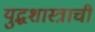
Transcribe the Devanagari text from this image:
युद्धशास्त्राची